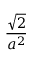
\frac { \sqrt { 2 } } { a ^ { 2 } }